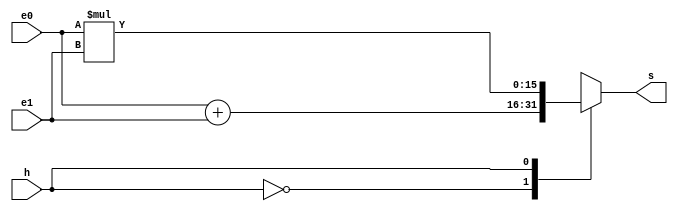


module ula(e0, e1, h, s);
    // entradas
    input [15:0] e0;
    input [15:0] e1;
    input h;
    // saidas
    output reg [15:0] s;

    // funcionamento
    wire [15:0] soma, mult;

    assign soma = e0 + e1;
    assign mult = e0 * e1;

    always @(h or e0 or e1) begin
        case (h)
            1'b0:  s = soma;
            1'b1:  s = mult;
        endcase
    end 
endmodule

/*
module testbench;

    reg [15:0] ee0 = 16'b0000000000000011;
    reg [15:0] ee1 = 16'b0000000000000010;
    reg h0;
    wire [15:0] s0;

    ula u0(ee0, ee1, h0, s0);

    initial begin
        $dumpvars;
        #2
        h0 = 1'b0;
        #2
        h0 = 1'b1;
        #2
        ee1 = 16'b0000000000000011;
        h0 = 1'b0;
        #2
        h0 = 1'b1;
        #2

        $finish;
    end
endmodule
*/